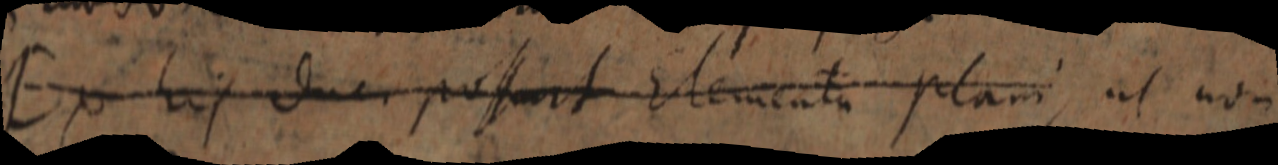
Ex his duci possunt Elementa plani, ut non